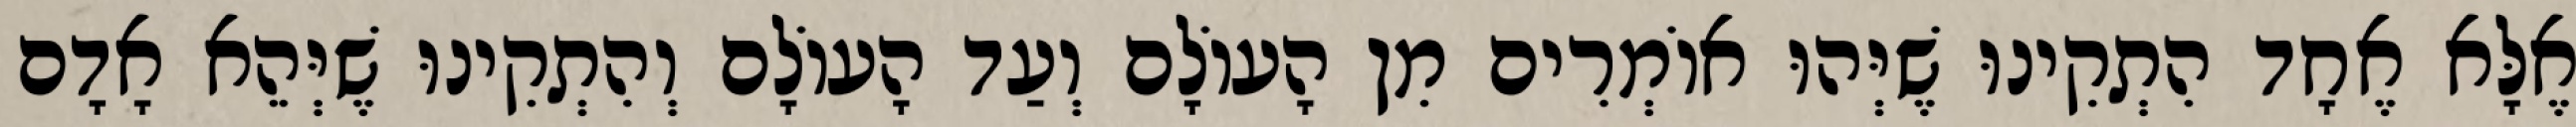
אֶלָּא אֶחָד הִתְקִינוּ שֶׁיְּהוּ אוֹמְרִים מִן הָעוֹלָם וְעַד הָעוֹלָם וְהִתְקִינוּ שֶׁיְּהֵא אָדָם